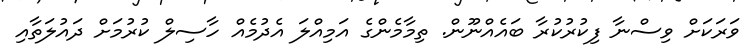
ވަރަކަށް ވިސްނާ ފިކުރުކުރާ ބައެއްނޫން. ތިމާމެންގެ އަމިއްލަ އެދުމެއް ހާސިލް ކުރުމަށް ދައުލަތާއި